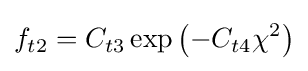
f_{t2}=C_{t3}\exp \left(-C_{t4}\chi ^{2}\right)